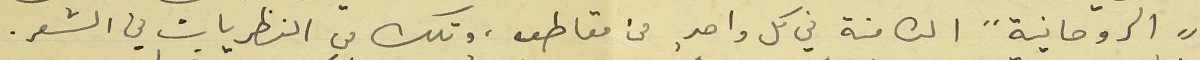
"الروحانية" الكامنة في كل واحد, من مقاطعه، وتلك من النظريات في الشعر.